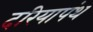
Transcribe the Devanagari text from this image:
दरियापंथ